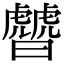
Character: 䖜